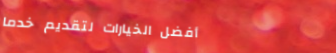
أفضل الخيارات لتقديم خدما